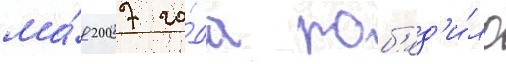
ма́я 2007 го́да поб'ед'и́ло